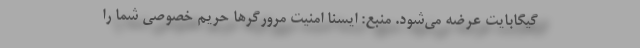
گیگابایت عرضه می‌شود. منبع: ایسنا امنیت مرورگرها حریم خصوصی شما را